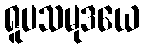
ရူပသမုဒယေ